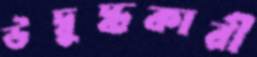
উদ্বুদ্ধকারী